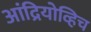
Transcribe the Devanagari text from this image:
आंद्रियोव्हिच